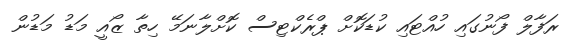
ރަފާލް ފޯނުގައި ހުއްޓައި ކުޑަކޮށް ޕްރެކްޓިސް ކޮށްލާނަމޭ ހިތާ ޒޯއީ މަޑު މަޑުން